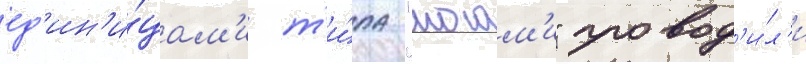
ед'ин'и́цам'и т'и́па "могам'и" провод'и́л'и